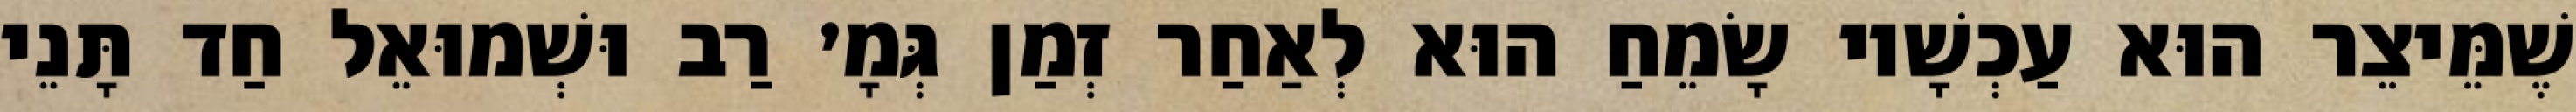
שֶׁמֵּיצֵר הוּא עַכְשָׁיו שָׂמֵחַ הוּא לְאַחַר זְמַן גְּמָ׳ רַב וּשְׁמוּאֵל חַד תָּנֵי